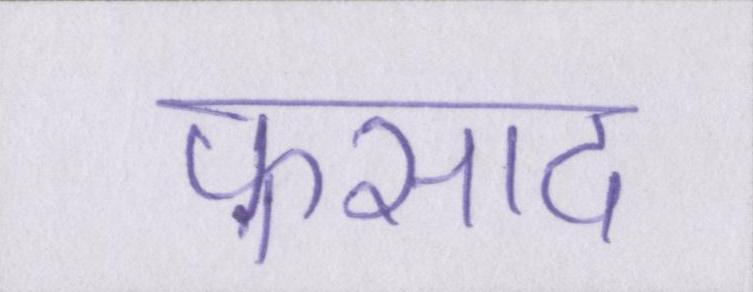
फ़साद